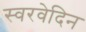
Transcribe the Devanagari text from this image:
स्वरवेदिन